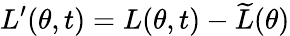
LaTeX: L^{\prime}(\theta,t)=L(\theta,t)-\widetilde{L}(\theta)